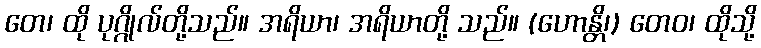
တေ၊ ထို ပုဂ္ဂိုလ်တို့သည်။ အရိယာ၊ အရိယာတို့ သည်။ (ဟောန္တိ၊) တေဝ၊ ထိုသို့